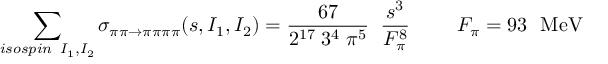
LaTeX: \sum _ { i s o s p i n \; \; I _ { 1 } , I _ { 2 } } \sigma _ { \pi \pi \rightarrow \pi \pi \pi \pi } ( s , I _ { 1 } , I _ { 2 } ) = \frac { 6 7 } { 2 ^ { 1 7 } \; 3 ^ { 4 } \; \pi ^ { 5 } } \; \; \frac { s ^ { 3 } } { F _ { \pi } ^ { 8 } } ~ ~ ~ ~ ~ ~ ~ F _ { \pi } = 9 3 ~ ~ \mathrm { M e V }